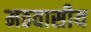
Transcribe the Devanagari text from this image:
मठवासीय